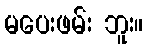
မပေးဖမ်း ဘူး။